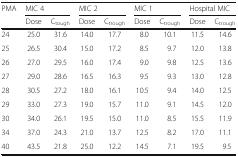
<table><thead><tr><td rowspan="2"><b>PMA</b></td><td colspan="2"><b>MIC 4</b></td><td colspan="2"><b>MIC 2</b></td><td colspan="2"><b>MIC 1</b></td><td colspan="2"><b>Hospital MIC</b></td></tr><tr><td><b>Dose</b></td><td><b>C<sub>tough</sub></b></td><td><b>Dose</b></td><td><b>C<sub>trough</sub></b></td><td><b>Dose</b></td><td><b>C<sub>trough</sub></b></td><td><b>Dose</b></td><td><b>C<sub>trough</sub></b></td></tr></thead><tbody><tr><td>24</td><td>25.0</td><td>31.6</td><td>14.0</td><td>17.7</td><td>8.0</td><td>10.1</td><td>11.5</td><td>14.6</td></tr><tr><td>25</td><td>26.5</td><td>30.4</td><td>15.0</td><td>17.2</td><td>8.5</td><td>9.7</td><td>12.0</td><td>13.8</td></tr><tr><td>26</td><td>27.0</td><td>29.5</td><td>16.0</td><td>17.4</td><td>9.0</td><td>9.8</td><td>12.5</td><td>13.6</td></tr><tr><td>27</td><td>29.0</td><td>28.6</td><td>16.5</td><td>16.3</td><td>9.5</td><td>9.3</td><td>13.0</td><td>12.8</td></tr><tr><td>28</td><td>30.5</td><td>27.2</td><td>18.0</td><td>16.1</td><td>10.5</td><td>9.4</td><td>14.0</td><td>12.5</td></tr><tr><td>29</td><td>33.0</td><td>27.3</td><td>19.0</td><td>15.7</td><td>11.0</td><td>9.1</td><td>14.5</td><td>12.0</td></tr><tr><td>30</td><td>34.0</td><td>26.1</td><td>19.5</td><td>15.0</td><td>11.0</td><td>8.5</td><td>15.5</td><td>11.9</td></tr><tr><td>34</td><td>37.0</td><td>24.3</td><td>21.0</td><td>13.7</td><td>12.5</td><td>8.2</td><td>17.0</td><td>11.1</td></tr><tr><td>40</td><td>43.5</td><td>21.8</td><td>25.0</td><td>12.2</td><td>14.5</td><td>7.1</td><td>19.5</td><td>9.5</td></tr></tbody></table>